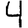
Digit: 4